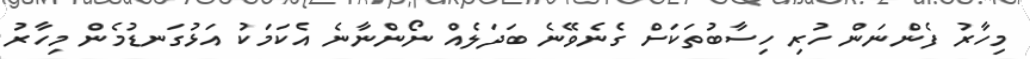
މިހާރު ފެންނަން ހުރި ހިސާބުތަކަށް ގެނެވޭނެ ބަދަލެއް ނޯންނާނެ އެކަމަކު އަޅުގަނޑުމެން މިހާރު